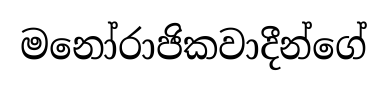
මනෝරාජිකවාදීන්ගේ